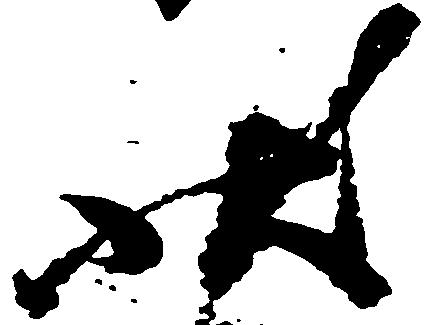
状